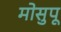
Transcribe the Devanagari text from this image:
मोसुपू